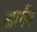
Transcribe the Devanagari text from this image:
आगँन